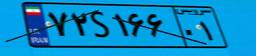
۷۲S۱۶۶۰۱